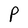
Character: P